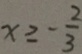
x \geq - \frac { 2 } { 3 }